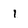
Character: i